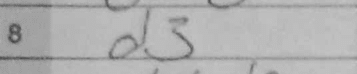
Transcription: d3